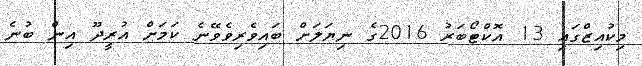
މިކުއިޒްގައި 13 އޮކްޓޯބަރު 2016ގެ ނިޔަލަށް ބައިވެރިވެވޭނެ ކަމަށް އުރީދޫ އިން ބުނެ